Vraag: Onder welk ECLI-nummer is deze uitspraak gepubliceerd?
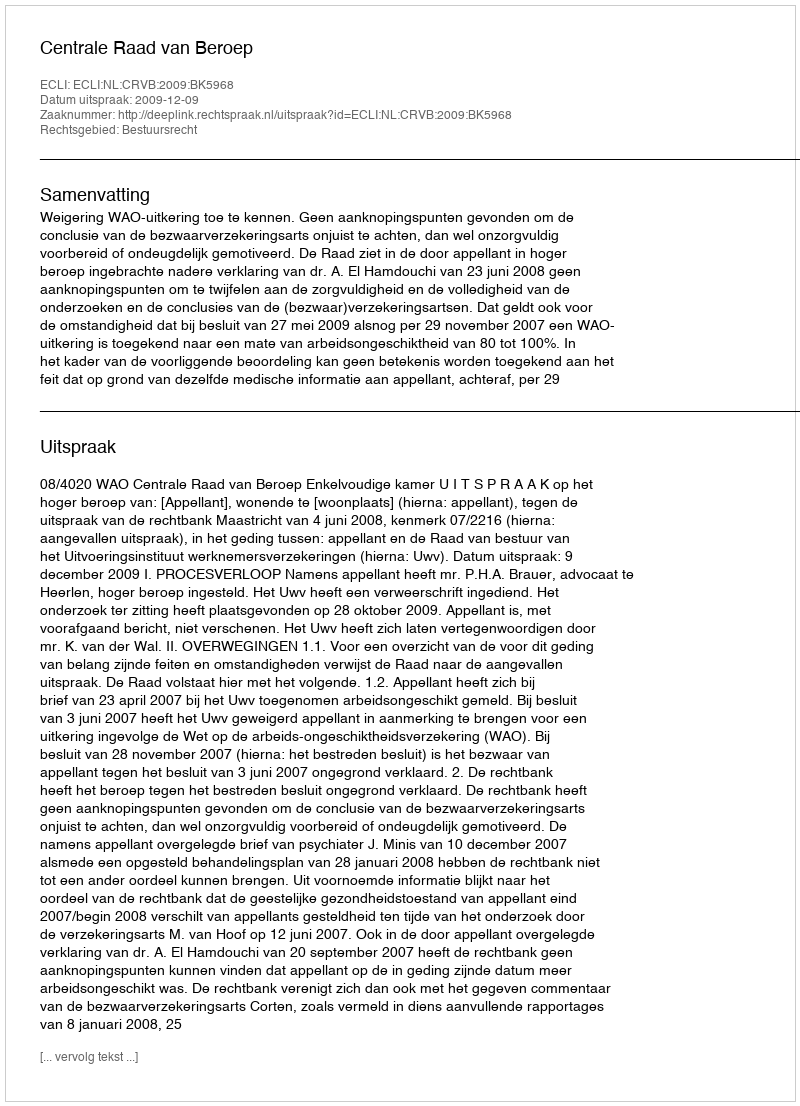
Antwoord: ECLI:NL:CRVB:2009:BK5968